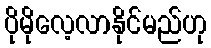
ပိုမိုလေ့လာနိုင်မည်ဟု